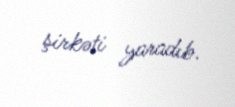
şirkəti yaradıb.